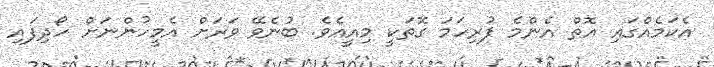
އެކަމެއްގައި އޮތް އެންމެ ފުރިހަމަ ގޮތަކީ މިއީއެވެ. ބުނެވޭ ވަރަށް އެމީހުންނަށް ހޯދިފައި